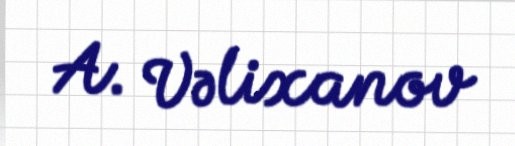
A. Vəlixanov